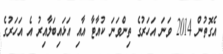
އެގޮތުން 2014 ވަނަ އަހަރުގެ ތިންވަނަ ކުއާޓާ އާއި އަޅައިބަލާއިރު އެ އަހަރުގެ